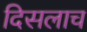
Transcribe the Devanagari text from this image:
दिसलाच